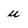
Character: u